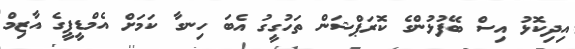
އިދިކޮޅު އިސް ބޭފުޅުންގެ ކޮރަޕްޝަން ތަހުގީގު އެބަ ހިނގާ ކަމަށް އެމްޑީޕީގެ އާޒިމް